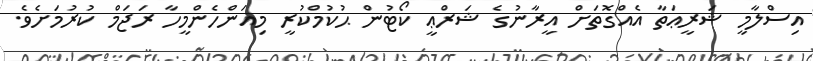
އިސްލާމީ ޝަރީޢަތާ އެއްގޮތަށް އީރާނުގެ ޝަރްޢީ ކޯޓުން ޙުކުމްކުރީ މިއަންހެންމީހާ ރަޖަމް ކުރުމަށެވެ.